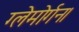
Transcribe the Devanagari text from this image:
ग्लेमोर्गन।